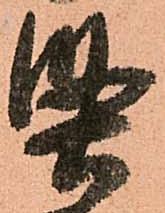
堅